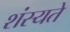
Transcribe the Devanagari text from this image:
शंस्यते